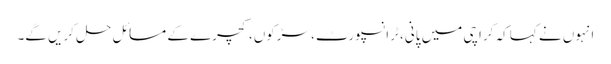
انہوں نے کہا کہ کراچی میں پانی، ٹرانسپورٹ، سڑکوں، کچرے کے مسائل حل کریں گے۔